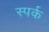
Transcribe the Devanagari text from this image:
स्पर्क